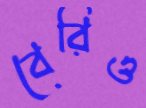
বেরিও